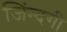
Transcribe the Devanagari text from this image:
जिंन्दगी